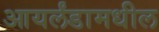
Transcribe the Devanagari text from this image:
आयर्लंडामधील